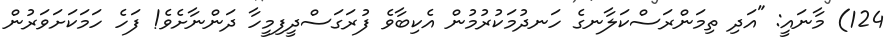
124) މާނައީ: "އަދި ތިމަންރަސްކަލާނގެ ހަނދުމަކުރުމުން އެކިބާވެ ފުރަގަސްދީފިމީހާ ދަންނާށެވެ! ފަހެ ހަމަކަށަވަރުން